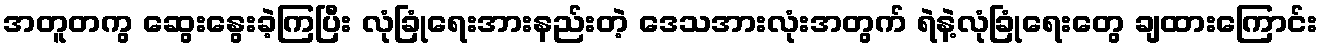
အတူတကွ ဆွေးနွေးခဲ့ကြပြီး လုံခြုံရေးအားနည်းတဲ့ ဒေသအားလုံးအတွက် ရဲနဲ့လုံခြုံရေးတွေ ချထားကြောင်း